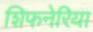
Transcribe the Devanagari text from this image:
शिफनेरिया